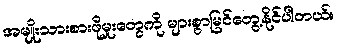
အမျိုးသားစားဖိုမှုးတွေကို များစွာမြင်တွေ့နိုင်ပါတယ်။